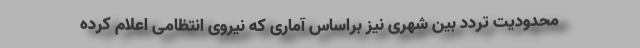
محدودیت تردد بین شهری نیز براساس آماری که نیروی انتظامی اعلام کرده